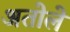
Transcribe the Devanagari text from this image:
अतोले